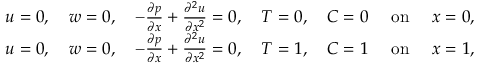
\begin{array} { r } { u = 0 , \quad w = 0 , \quad - \frac { \partial p } { \partial x } + \frac { \partial ^ { 2 } u } { \partial x ^ { 2 } } = 0 , \quad T = 0 , \quad C = 0 \quad \mathrm { ~ o n ~ } \quad x = 0 , } \\ { u = 0 , \quad w = 0 , \quad - \frac { \partial p } { \partial x } + \frac { \partial ^ { 2 } u } { \partial x ^ { 2 } } = 0 , \quad T = 1 , \quad C = 1 \quad \mathrm { ~ o n ~ } \quad x = 1 , } \end{array}